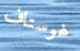
غوستاف